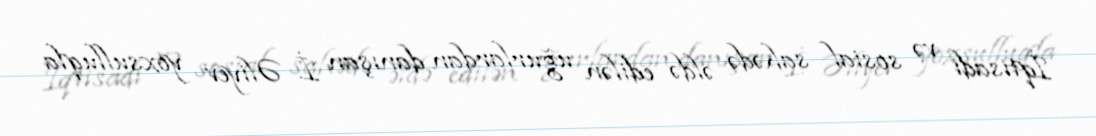
İqtisadi və sosial sahədə əldə edilən uğurlardan danışan İ. Əliyev yoxsulluqla